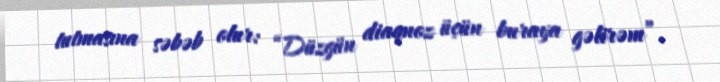
tutmasına səbəb olur: “Düzgün diaqnoz üçün buraya gəlirəm”.